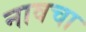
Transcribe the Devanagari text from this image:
नावचा